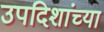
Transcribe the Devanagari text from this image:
उपदिशांच्या